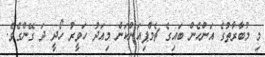
މި މުބާރާތުގެ އަންހެން ބައިގެ ޗެމްޕިއަންކަން މިއަދު ހަވީރު ހޯދީ ދަ ގޭންގެވެ.